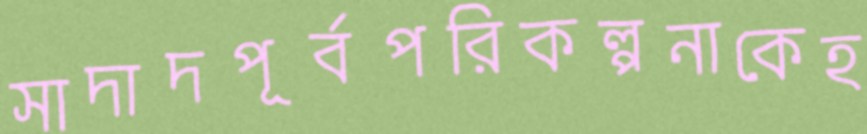
সাদাদপূর্বপরিকল্পনাকেহ